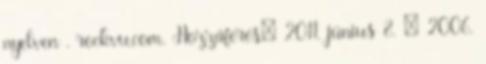
nyelven . rockvu.com. Hozzáférés: 2011. június 8. ↑ 2006.